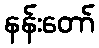
နန်းတော်